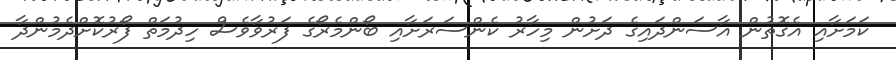
ކަމަށާއި އެގޮތުން އާސަންދައިގެ ދަށުން މިހާރު ކެންސަރަށާއި ބޯންމެރޯގެ ފަރުވާވެސް ހިދުމަތް ފޯރުކޮށްދެމުންދާ